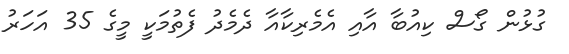
ގުޅުން ގޯސް ކިއުބާ އާއި އެމެރިކާއާ ދެމެދު ފެތުމަކީ މީގެ 35 އަހަރު